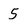
Character: 5